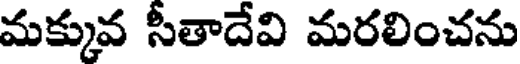
మక్కువ సీతాదేవి మరలించను